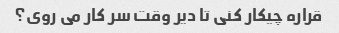
قراره چیکار کنی تا دیر وقت سر کار می روی؟